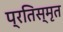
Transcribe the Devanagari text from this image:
प्रतिस्मृत